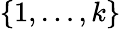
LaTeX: \{ 1,\ldots,k\}